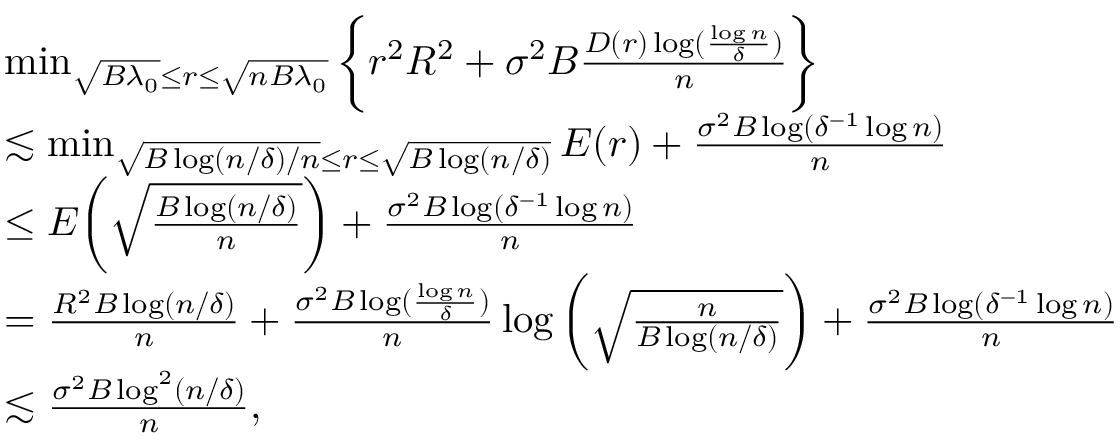
\begin{array} { r l } & { \operatorname* { m i n } _ { \sqrt { B \lambda _ { 0 } } \leq r \leq \sqrt { n B \lambda _ { 0 } } } \bigg \{ r ^ { 2 } R ^ { 2 } + \sigma ^ { 2 } B \frac { D ( r ) \log ( \frac { \log n } { \delta } ) } { n } \bigg \} } \\ & { \lesssim \operatorname* { m i n } _ { \sqrt { B \log ( n / \delta ) / n } \leq r \leq \sqrt { B \log ( n / \delta ) } } E ( r ) + \frac { \sigma ^ { 2 } B \log ( \delta ^ { - 1 } \log n ) } { n } } \\ & { \leq E \bigg ( \sqrt { \frac { B \log ( n / \delta ) } { n } } \bigg ) + \frac { \sigma ^ { 2 } B \log ( \delta ^ { - 1 } \log n ) } { n } } \\ & { = \frac { R ^ { 2 } B \log ( n / \delta ) } { n } + \frac { \sigma ^ { 2 } B \log ( \frac { \log n } { \delta } ) } { n } \log \bigg ( \sqrt { \frac { n } { B \log ( n / \delta ) } } \bigg ) + \frac { \sigma ^ { 2 } B \log ( \delta ^ { - 1 } \log n ) } { n } } \\ & { \lesssim \frac { \sigma ^ { 2 } B \log ^ { 2 } ( n / \delta ) } { n } , } \end{array}